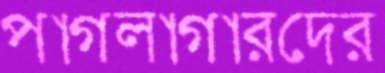
পাগলাগারদের